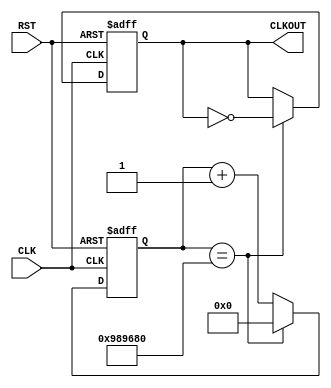
module ClkDiv_5Hz(
		CLK,
		RST,
		CLKOUT
);

// ====================================================================================
// 										Port Declarations
// ====================================================================================
   input            CLK;		// 100MHz onboard clock
   input            RST;		// Reset
   output           CLKOUT;	// New clock output
   
   
// ====================================================================================
// 							   Parameters, Registers, and Wires
// ====================================================================================
   reg CLKOUT;
	
   // Current count value
   reg [23:0]       clkCount = 24'h000000;
   // Value to toggle output clock at
   parameter [23:0] cntEndVal = 24'h989680;
   
//  ===================================================================================
// 							  				Implementation
//  ===================================================================================
   
		//------------------------------------------------
		//	5Hz Clock Divider Generates Send/Receive signal
		//------------------------------------------------
		always @(posedge CLK or posedge RST)
			
			// Reset clock
			if (RST == 1'b1) begin
					CLKOUT <= 1'b0;
					clkCount <= 24'h000000;
			end
			else begin
					if (clkCount == cntEndVal) begin
						CLKOUT <= (~CLKOUT);
						clkCount <= 24'h000000;
					end
					else begin
						clkCount <= clkCount + 1'b1;
					end
			end
   
endmodule